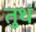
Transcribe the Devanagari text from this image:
तुथं